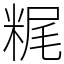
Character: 䊊